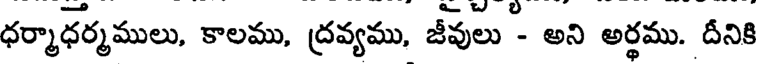
ధర్మాధర్మములు, కాలము, ద్రవ్యము, జీవులు - అని అర్థము. దీనికి